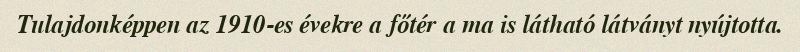
Tulajdonképpen az 1910-es évekre a főtér a ma is látható látványt nyújtotta.